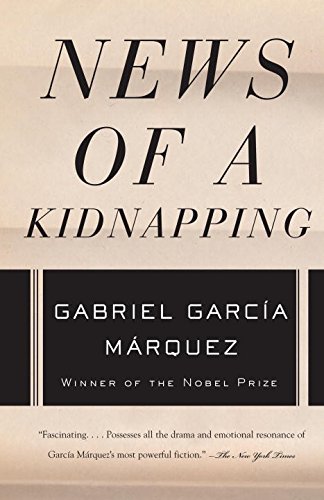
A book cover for News of a Kidnapping (Vintage International); Gabriel GarcÃ­a MÃ¡rquez; Law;